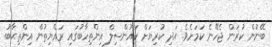
ބޭނުން ކުރަން ޖެހޭނެ ކަމަށެވެ. އަދި ކުރިޔަށް ކައުންސިލް އިންތިހާބުގައި ރައްޔިތުން އިންތިޙާބު